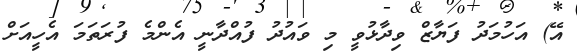
އޭ) އަހުމަދު ފަޔާޒް ވިދާޅުވީ މި ވައުދު ފުއްދާނީ އެންމެ ފުރަތަމަ އެހީއަށް